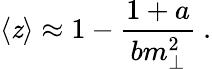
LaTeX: \langle\mathit{z}\rangle\approx1-\frac{{1+a}}{{bm_{\perp}^{2}}}~.